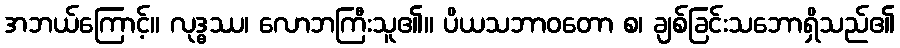
အဘယ်ကြောင့်။ လုဒ္ဓဿ၊ လောဘကြီးသူ၏။ ပိယသဘာဝတော စ၊ ချစ်ခြင်းသဘောရှိသည်၏